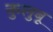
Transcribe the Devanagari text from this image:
कुलुबू